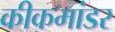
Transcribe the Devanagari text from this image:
कीकमांडर